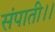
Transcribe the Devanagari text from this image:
संपाती।।